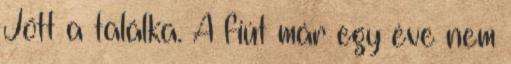
Jött a találka. A fiút már egy éve nem